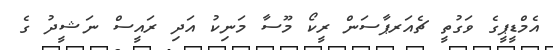
އެމްޑީޕީގެ ވަގުތީ ޗެއަރޕާސަން ރީކޯ މޫސާ މަނިކު އަދި ރައީސް ނަޝީދު ގެ